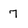
Character: 7